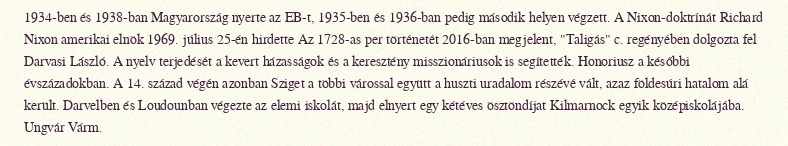
1934-ben és 1938-ban Magyarország nyerte az EB-t, 1935-ben és 1936-ban pedig második helyen végzett. A Nixon-doktrínát Richard Nixon amerikai elnök 1969. július 25-én hirdette Az 1728-as per történetét 2016-ban megjelent, "Taligás" c. regényében dolgozta fel Darvasi László. A nyelv terjedését a kevert házasságok és a keresztény misszionáriusok is segítették. Honoriusz a későbbi évszázadokban. A 14. század végén azonban Sziget a többi várossal együtt a huszti uradalom részévé vált, azaz földesúri hatalom alá került. Darvelben és Loudounban végezte az elemi iskolát, majd elnyert egy kétéves ösztöndíjat Kilmarnock egyik középiskolájába. Ungvár Várm.